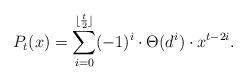
LaTeX: \begin{align*}P_t(x) = \sum_{i=0}^{\lfloor \frac{t}{2}\rfloor} (-1)^i \cdot \Theta (d^i) \cdot x^{t-2i}.\end{align*}